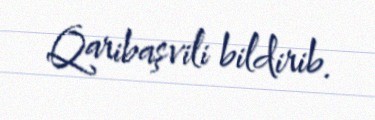
Qaribaşvili bildirib.